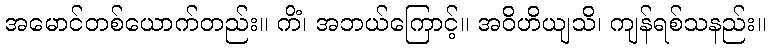
အမောင်တစ်ယောက်တည်း။ ကိံ၊ အဘယ်ကြောင့်။ အဝိဟိယျသိ၊ ကျန်ရစ်သနည်း။